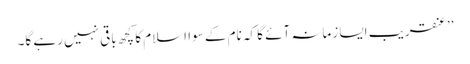
’’عنقریب ایسا زمانہ آئے گا کہ نام کے سوا اسلام کا کچھ باقی نہیں رہے گا۔